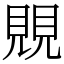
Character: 覞